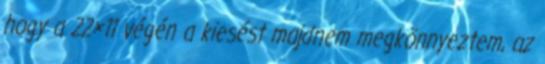
hogy a 22×11 végén a kiesést majdnem megkönnyeztem, az